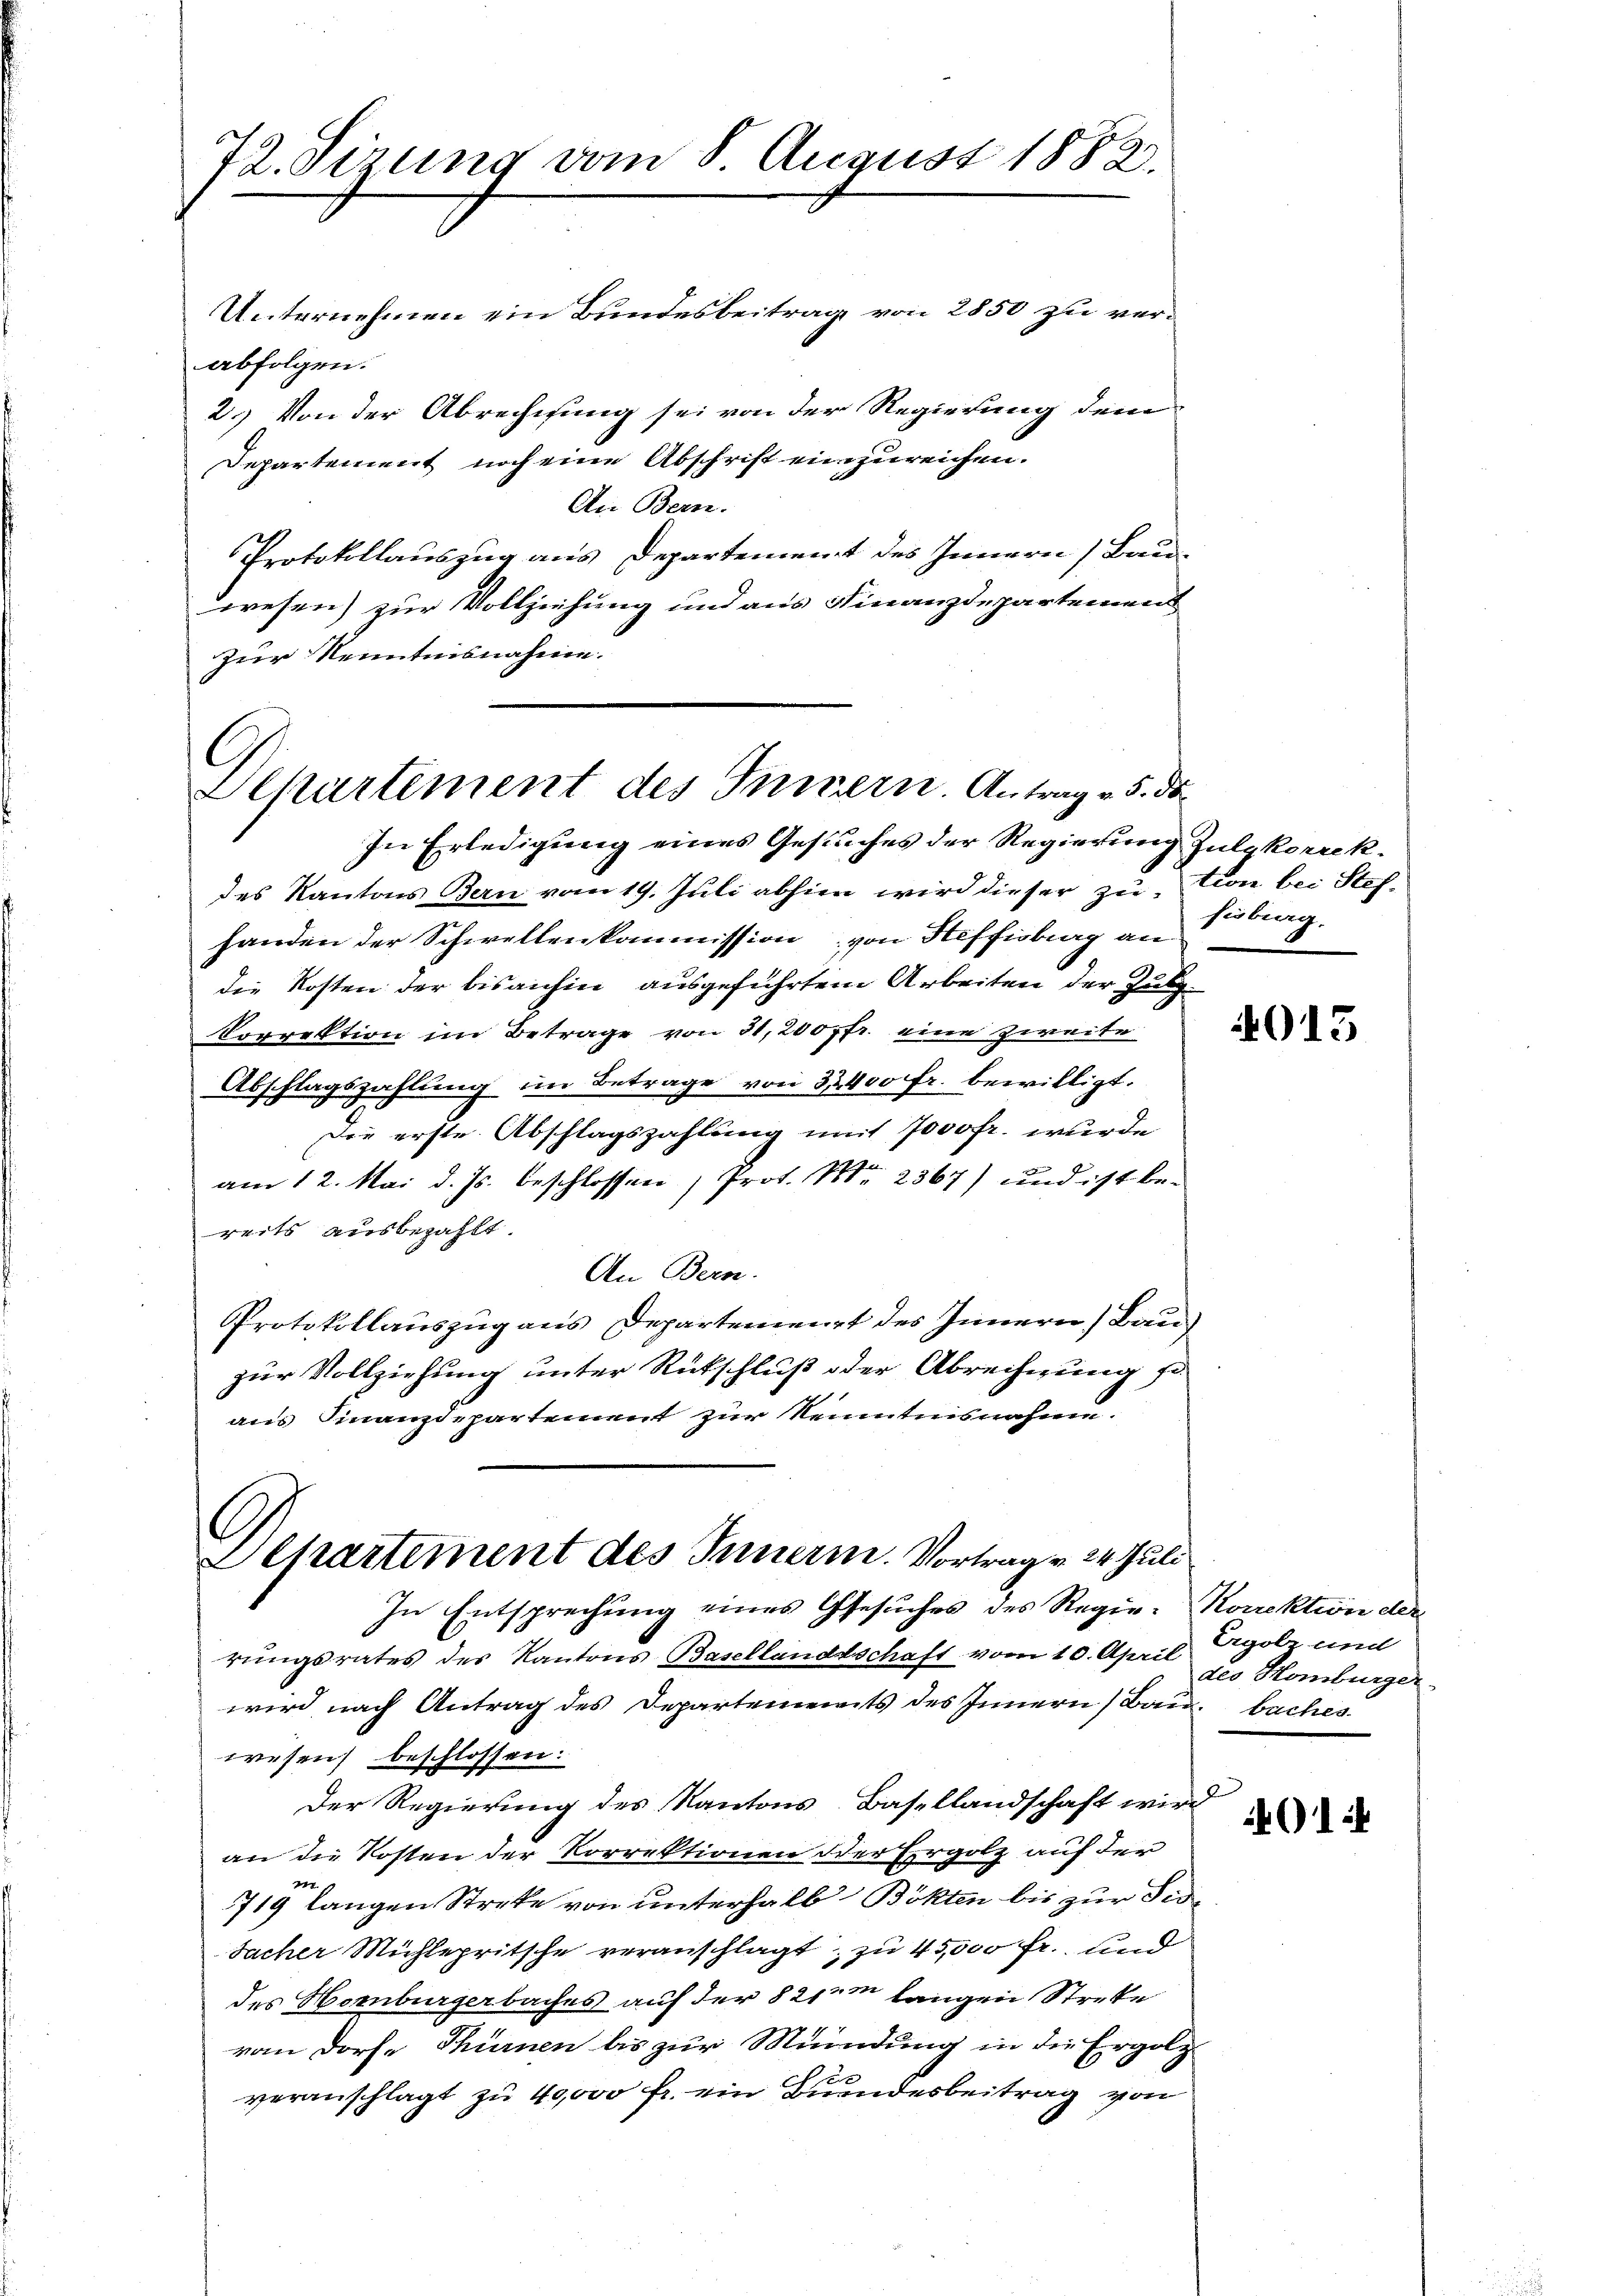
72. Sizung vom 8. August 1882.

Unternehmen ein Bundesbeitrag von 2850 zu verabfolgen.
2.) Von der Abrechnung sei von der Regierung dem
Departement noch eine Abschrift einzureichen.
An Bern.
Protokollauszug aus Departement des Innern, Bau-
wesen) zur Vollziehung und aus Finanzdepartemen
zur Kenntnisnahme.

Departement des Innern. Antrag v. 5. ds.

In Entsprechung eines Gesuches des Regie-Norektion der

In Erledigung eines Gesuches der Regierung Julykorrekdes Kantons Bern vom 19. Juli abhie wird dieser zution bei Stefhanden der Schwellenkommission von Steffisburg an Zubrag.
die Kosten der bisanhin ausgeführten Arbeiten der Zulg¬
Vorrektion im Betrage von 31,200 fr. eine zweite
Abschlagszahlung im Betrage von 32400 fr. bewilligt.
Die erste Abschlagszahlung mit 7000 fr. wurde
n
am 12. Mai d. Js. beschlossen, Prot. Mr. 2367) und ist bereits ausbezahlt.
An Bern.
Protokollauszug aus Departement des Innern, Bau
zur Vollziehung unter Rütschluß oder Abrechnung so
aus Finanzdepartement zur Kenntnisnahme.
Achartement des Innern. Vortrag v. 24. Juli

rungsrates des Kantons Basellandtschaft vom 10. April. Ergolz und
wird nach Antrag des Departements des Innern (Bau. baches
wesen beschlossen:
Der Regierung des Kantons Basellandschaft wird
an die Kosten der Vorrektionen der Ergolz auf der
719 langen Streke von unterhalb Bökten bis zur Fede
Sacher Michlepritsche veranschlagt, zu 45,000 Fr. und
des Hornburgerbaches auf der 821 m langen Streke
vom Dorf- Thürnen bis zur Mündung in die Ergolz
u
veranschlagt zu 40,000 fr. ein Bundesbeitrag von

4015

des Homburger

6